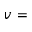
v =